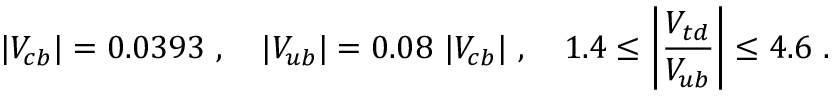
| V _ { c b } | = 0 . 0 3 9 3 \ , \quad | V _ { u b } | = 0 . 0 8 ~ | V _ { c b } | \ , \quad 1 . 4 \le \bigg | { \frac { V _ { t d } } { V _ { u b } } } \bigg | \le 4 . 6 \ .